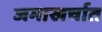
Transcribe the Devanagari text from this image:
जमाखर्चात